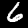
Label: 6